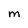
Character: M